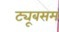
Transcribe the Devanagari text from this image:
ट्यूबसम